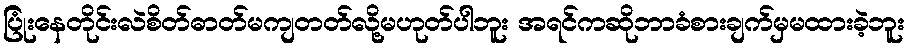
ပြုံးနေတိုင်းလဲစိတ်ဓာတ်မကျတတ်လို့မဟုတ်ပါဘူး အရင်ကဆိုဘာခံစားချက်မှမထားခဲ့ဘူး